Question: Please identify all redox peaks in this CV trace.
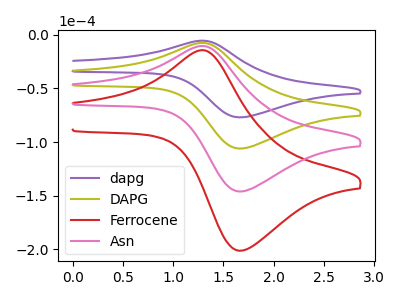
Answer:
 <answer>The purple curve "dapg" has an anodic peak at (1.25V, -5.50uA) and a cathodic peak at (1.70V, -76.85uA). The olive curve "DAPG" has an anodic peak at (1.25V, -7.60uA) and a cathodic peak at (1.70V, -105.90uA). The red curve "Ferrocene" has an anodic peak at (1.25V, -22.80uA) and a cathodic peak at (1.70V, -317.70uA). The pink curve "Asn" has an anodic peak at (1.25V, -15.20uA) and a cathodic peak at (1.70V, -211.80uA).</answer>
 <eval></eval>